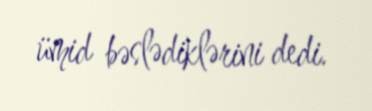
ümid bəslədiklərini dedi.